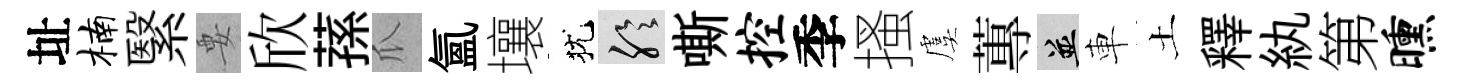
址楠繄要欣蓀瓜氳壤犹聆嘶控季搔虞蓴并車土釋紈第曛